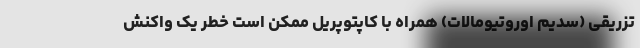
تزریقی (سدیم اوروتیومالات) همراه با کاپتوپریل ممکن است خطر یک واکنش